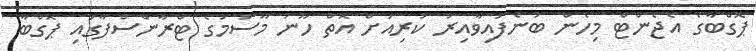
ޕޮގްބާގެ އެޖެންޓް މިހެން ބުނެފައިވާއިރު ކުރިއަށް އޮތް ހޫނު މޫސުމުގެ ޓްރާންސްފާގައި ޕޮގްބާ